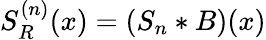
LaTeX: S_{R}^{(n)}(x)=(S_{n}*B)(x)